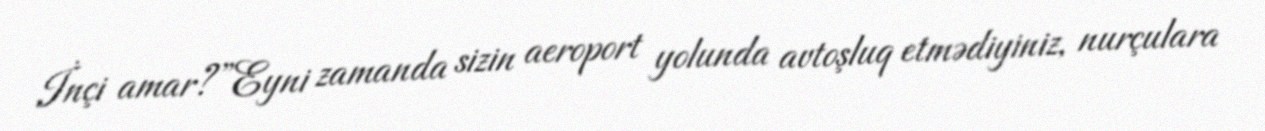
İnçi amar?”Eyni zamanda sizin aeroport yolunda avtoşluq etmədiyiniz, nurçulara